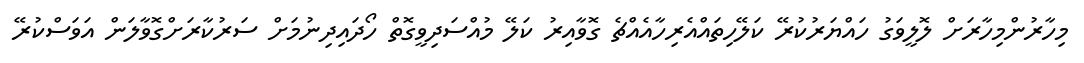
މިހާރުންމިހާރަށް ލޮލީވަގު ހައްޔަރުކުރޭ ކަލޭހިތައްއެރިހާއެއްޗެ ގޮވާއިރު ކަލޭ މުއްސަދިވީގޮތް ހޯދައިދިނުމަށް ސަރުކާރަށްގޮވާލަން އަވަސްކުރޭ